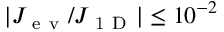
| J _ { \mathrm { ~ e ~ v ~ } } / J _ { \mathrm { ~ 1 ~ D ~ } } | \leq 1 0 ^ { - 2 }